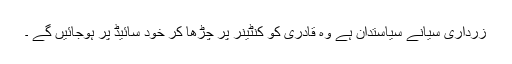
زرداری سیانے سیاستدان ہے وہ قادری کو کنٹینر پر چڑھا کر خود سائیڈ پر ہوجائیں گے ۔